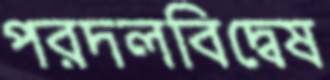
পরদলবিদ্বেষ